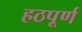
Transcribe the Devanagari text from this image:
हठपूर्ण